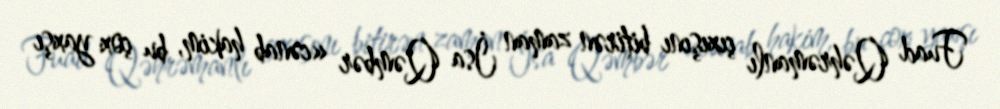
Fuad Qəhrəmanlı çıxışını bitirən zaman İsa Qəmbər «cənab hakim, bu çox yaxşı